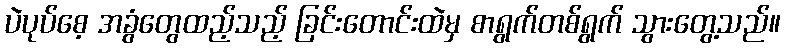
ပဲပုပ်စေ့ အခွံတွေထည့်သည့် ခြင်းတောင်းထဲမှ စာရွက်တစ်ရွက် သွားတွေ့သည်။